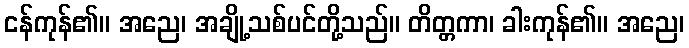
ငန်ကုန်၏။ အညေ၊ အချို့သစ်ပင်တို့သည်။ တိတ္တကာ၊ ခါးကုန်၏။ အညေ၊